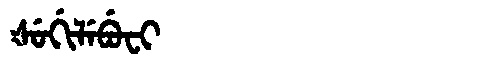
Manchu: ᡧᡠᡤᡳᠯᡝᠪᡠᠸᡳ
Romanization: ŠUGILEBUFI